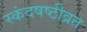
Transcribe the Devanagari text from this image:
स्कंदषष्ठीव्रत